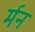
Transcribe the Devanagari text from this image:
र्मन